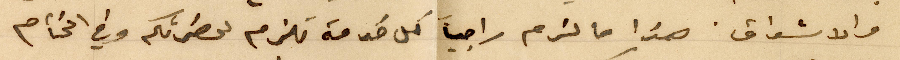
والاشواق. هذا ما لزم راجياً كل خدمة تلزم لحضرتكم وفي الختام